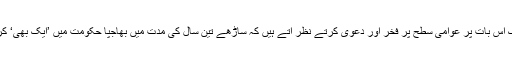
ایک طرف بی جے پی کے لوگ اس بات پر عوامی سطح پر فخر اور دعویٰ کرتے نظر آتے ہیں کہ ساڑھے تین سال کی مدت میں بھاجپا حکومت میں ’ایک بھی‘ کرپشن کا معاملہ سامنے نہیں آیا۔